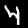
Digit: 4